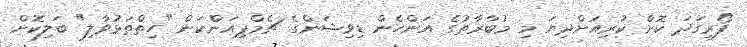
ފޯރިގަދަ ކޮށް ކުރިއަށްދިޔަ މި މުބާރާތުގެ އަންހެން ޑިވިޝަންގެ ޗެމްޕިއަންކަން "ހިތްތަޅުވާލި" ބަލިކޮށް